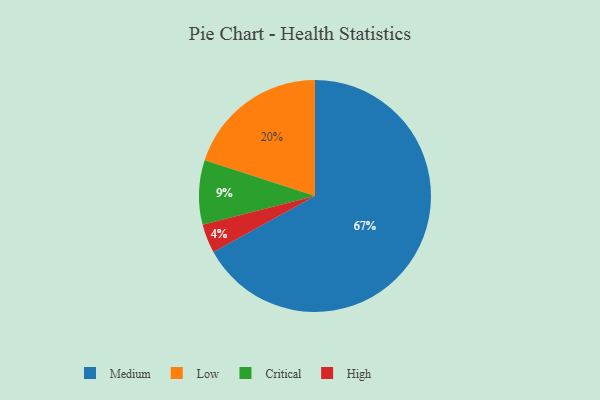
{"axis": {"x": "Category", "y": "Percentage"}, "legend": ["Critical", "High", "Low", "Medium"], "data": [{"x": "Medium", "y": 67, "type": "Medium"}, {"x": "Low", "y": 20, "type": "Low"}, {"x": "Critical", "y": 9, "type": "Critical"}, {"x": "High", "y": 4, "type": "High"}]}